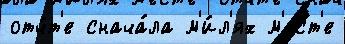
отч́т'е снача́ла м'и́л'ях м'е́ст'е